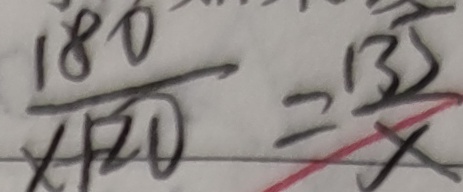
\frac { 1 8 0 } { x + 2 0 } = \frac { 1 3 5 } { x }